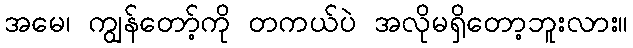
အမေ၊ ကျွန်တော့်ကို တကယ်ပဲ အလိုမရှိတော့ဘူးလား။